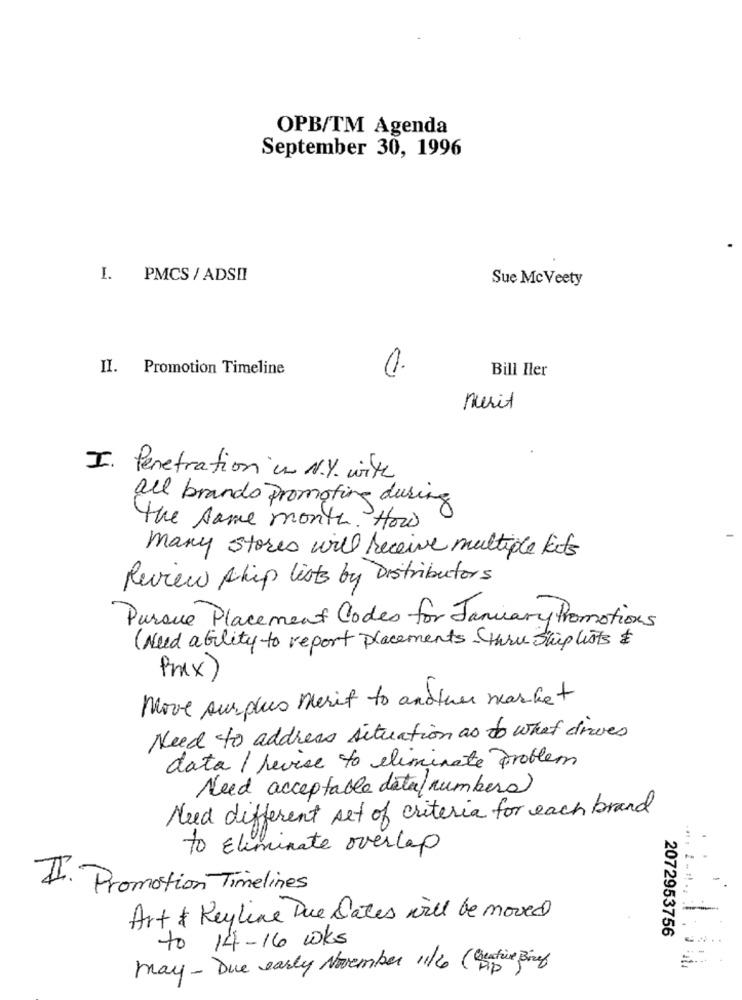
OPB/TM Agenda
September 30, 1996
I. PMCS / ADSII
Sue Mc Veety
II. Promotion Timeline
Bill Iler
nurit
I. Penetration in N.Y. with
all brands promoting during
the same month. How
many stores will receive multiple kits
Review chip lists by Distributors
Pursue Placement Codes for January Promotions
( Need ability to report placements thru Ship lists
Prix
Move surplus merit to another market
Need to address situation as to what drives
data / revise to eliminate problem
Need acceptable data(numbers)
Need different set of criteria for each brand
to Eliminate overlap
II. Promotion Timelines
Art & Keyline Due Dates will be moved
to 14-16 wks
2072953756
may- Due early November 11/2 (Gratie Bref)